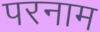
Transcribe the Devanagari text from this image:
परनाम